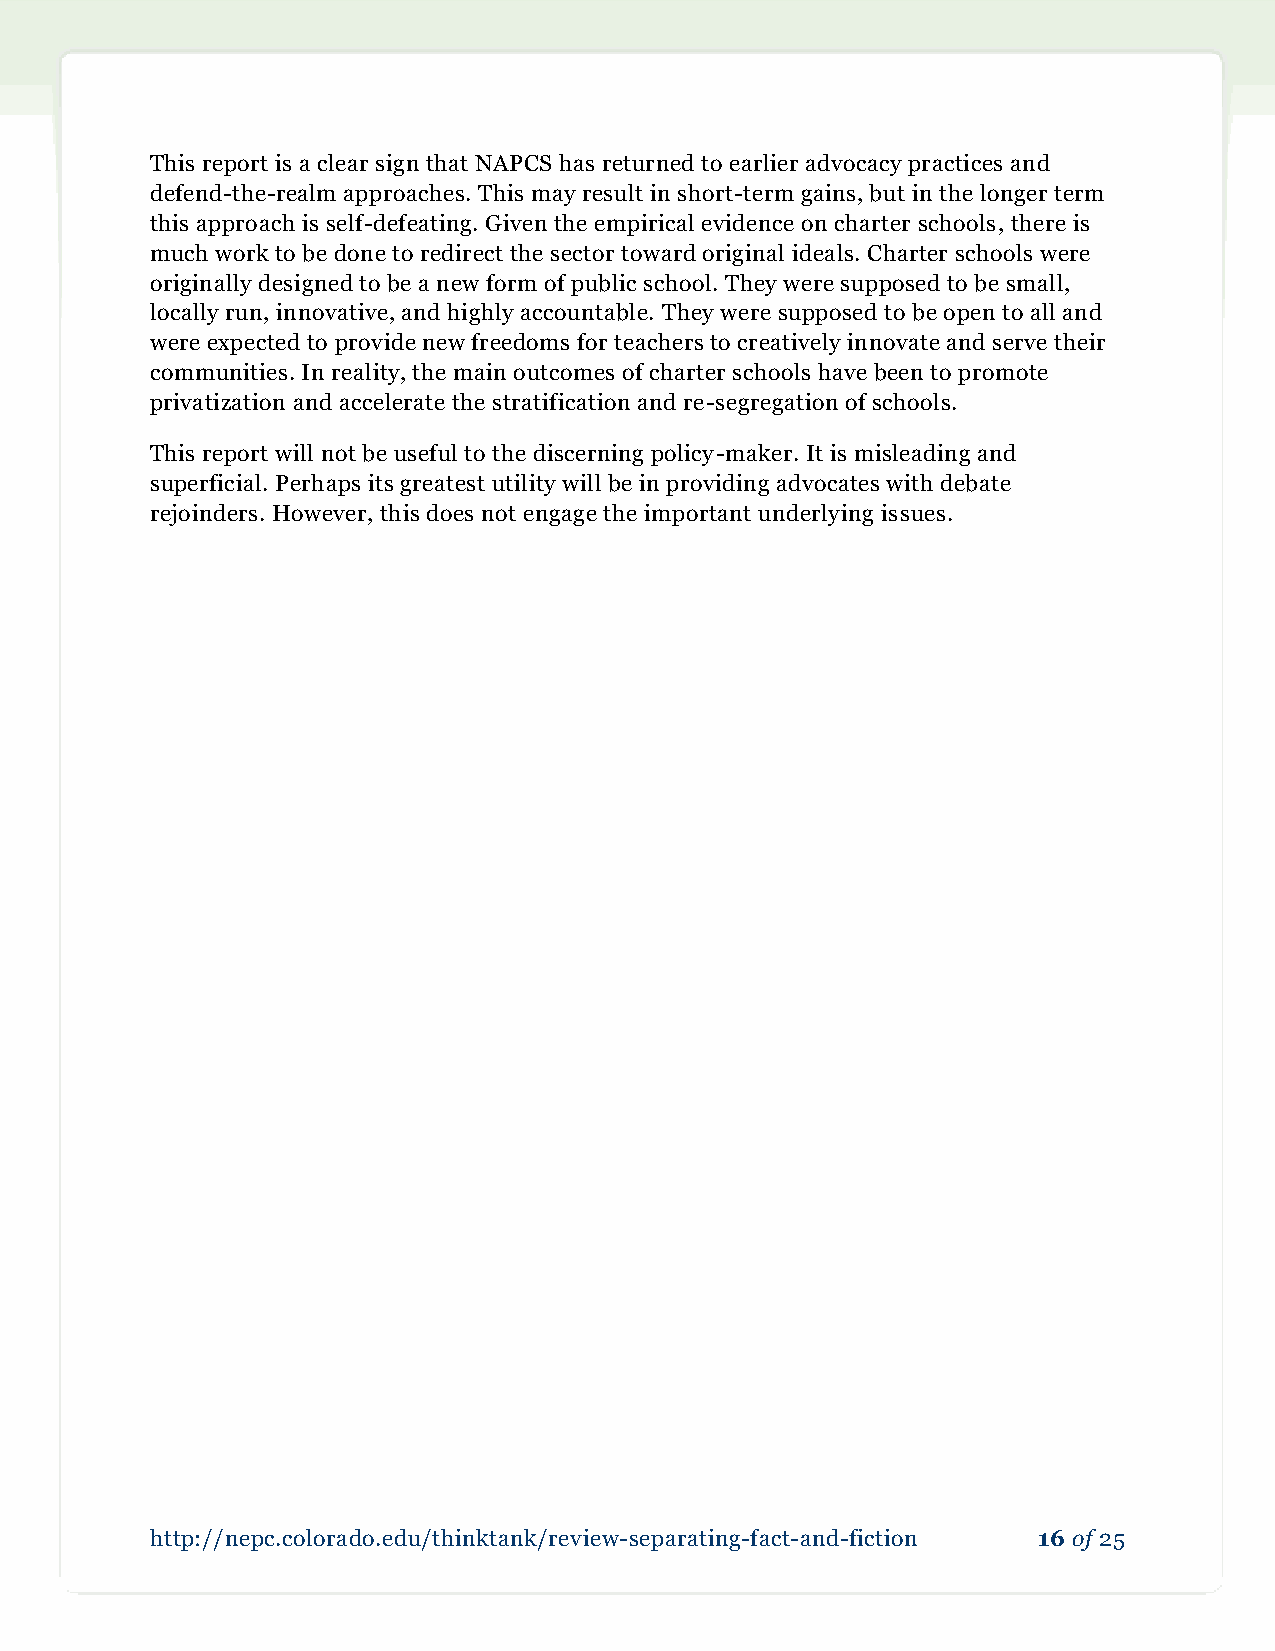
This report is a clear sign that NAPCS has returned to earlier advocacy practices and
 defend-the-realm approaches. This may result in short-term gains, but in the longer term
 this approach is self-defeating. Given the empirical evidence on charter schools, there is
 much work to be done to redirect the sector toward original ideals. Charter schools were
 originally designed to be a new form of public school. They were supposed to be small,
 locally run, innovative, and highly accountable. They were supposed to be open to all and
 were expected to provide new freedoms for teachers to creatively innovate and serve their
 communities. In reality, the main outcomes of charter schools have been to promote
 privatization and accelerate the stratification and re-segregation of schools.
 This report will not be useful to the discerning policy-maker. It is misleading and
 superficial. Perhaps its greatest utility will be in providing advocates with debate
 rejoinders. However, this does not engage the important underlying issues.
 http://nepc.colorado.edu/thinktank/review-separating-fact-and-fiction 16 of 25